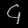
Digit: ၄